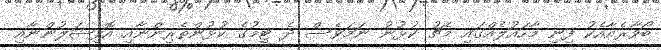
ބޯވާރެއާއެކު ފިނި މާހައުލެއްގައި މެޗު ކުޅުނު ނަމަވެސް ދެ ޓީމުގެ ކުޅުންތެރިންނާއި އޮފިޝަލުންނާއި